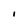
Character: I